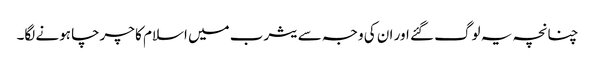
چنانچہ یہ لوگ گئے اور ان کی وجہ سے یثرب میں اسلام کا چرچا ہونے لگا۔